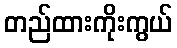
တည်ထားကိုးကွယ်